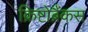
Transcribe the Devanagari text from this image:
क्रिष्टोब्रैंकस